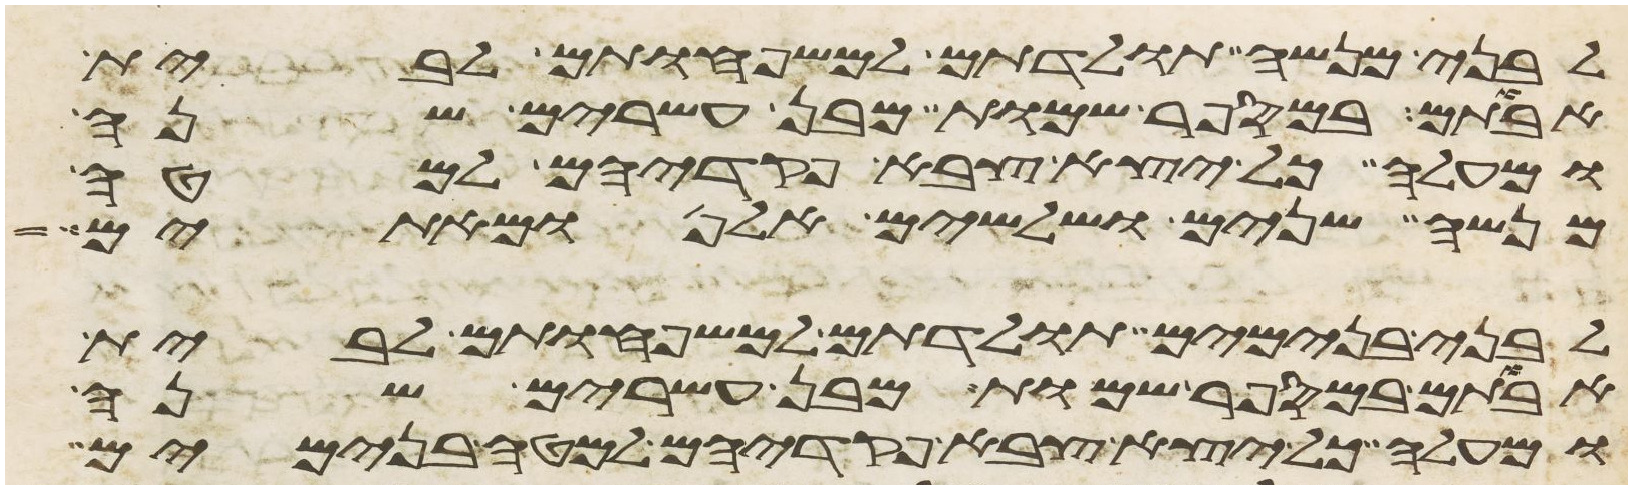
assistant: לבני מנשה תולדתם למשפחותם לבית
אבותם במספר שמות מבן עשרים שנה
ומעלה כל יצא צבא פקדיהם למטה
מנשה שנים ושלשים אלף ומאתים
לבני בנימים תולדתם למשפחותם לבית
אבותם במספר שמות מבן עשרים שנה
ומעלה כל יצא צבא פקדיהם למטה בנימים